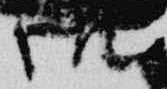
御